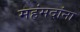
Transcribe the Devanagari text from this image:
महंमदांना